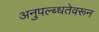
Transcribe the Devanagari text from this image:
अनुपल्ब्धतेवरून